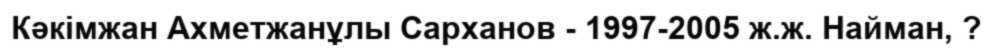
Кәкімжан Ахметжанұлы Сарханов - 1997-2005 ж.ж. Найман, ?